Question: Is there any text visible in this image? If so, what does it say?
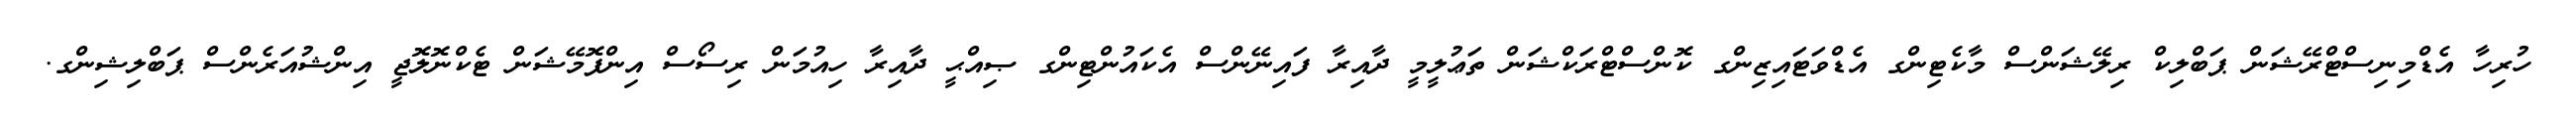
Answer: ހުރިހާ އެޑްމިނިސްޓްރޭޝަން ޕަބްލިކް ރިލޭޝަންސް މާކެޓިންގ އެޑްވަޓައިޒިންގ ކޮންސްޓްރަކްޝަން ތަޢުލީމީ ދާއިރާ ފައިނޭންސް އެކައުންޓިންގ ޞިއްޙީ ދާއިރާ ހިއުމަން ރިސޯސް އިންފޮމޭޝަން ޓެކްނޮލޮޖީ އިންޝުއަރެންސް ޕަބްލިޝިންގ.